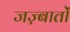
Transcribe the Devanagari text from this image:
जज़्बातों